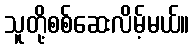
သူတို့စစ်ဆေးလိမ့်မယ်။